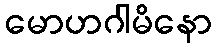
မောဟဂါမိနော